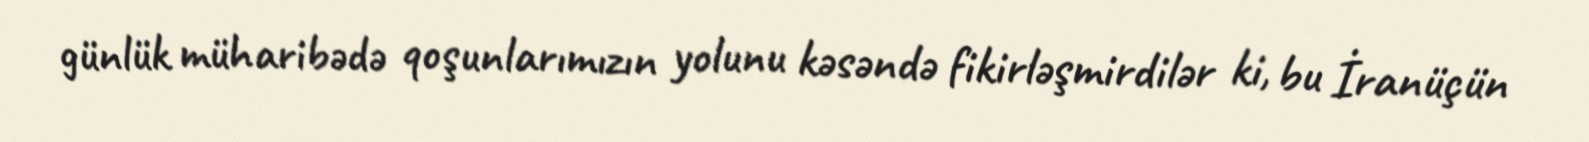
günlük müharibədə qoşunlarımızın yolunu kəsəndə fikirləşmirdilər ki, bu İranüçün